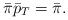
LaTeX: \begin{align*}\bar\pi\bar p_T = \bar \pi.\end{align*}